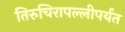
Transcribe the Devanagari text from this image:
तिरुचिरापल्लीपर्यंत